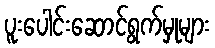
ပူးပေါင်းဆောင်ရွက်မှုများ